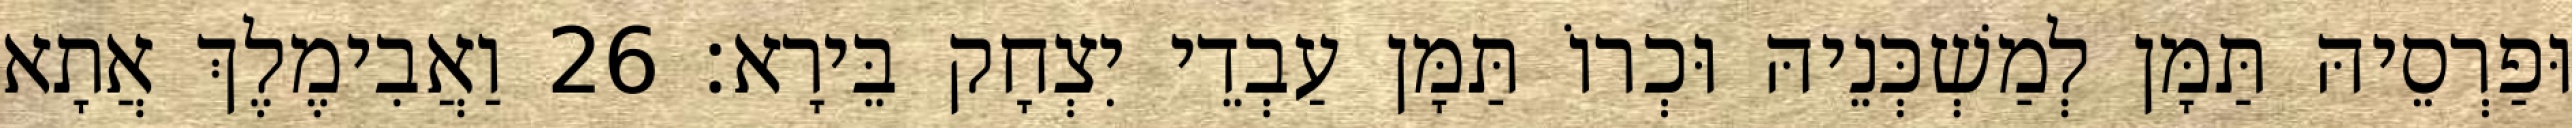
וּפַרְסֵיהּ תַּמָּן לְמַשְׁכְּנֵיהּ וּכְרוֹ תַּמָּן עַבְדֵי יִצְחָק בֵּירָא׃ 26 וַאֲבִימֶלֶךְ אֲתָא